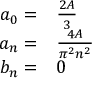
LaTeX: \begin{array} { r l } { a _ { 0 } = } & { { } { \frac { 2 A } { 3 } } } \\ { a _ { n } = } & { { } { \frac { 4 A } { \pi ^ { 2 } n ^ { 2 } } } } \\ { b _ { n } = } & { { } 0 } \end{array}